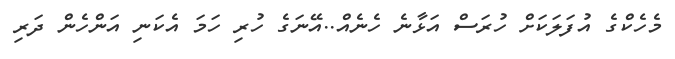
މެހެކްގެ އުފަލަކަށް ހުރަސް އަޅާނެ ހެނެއް..އޭނަގެ ހުރި ހަމަ އެކަނި އަންހެން ދަރި